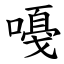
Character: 嘠